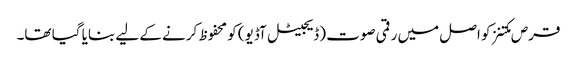
قرص مکتنز کو اصل میں رقمی صوت (ڈیجیٹل آڈیو) کو محفوظ کرنے کے لیے بنایا گیا تھا۔